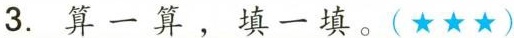
3.算一算，填一填。(★★★)